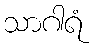
သာဂါရံ